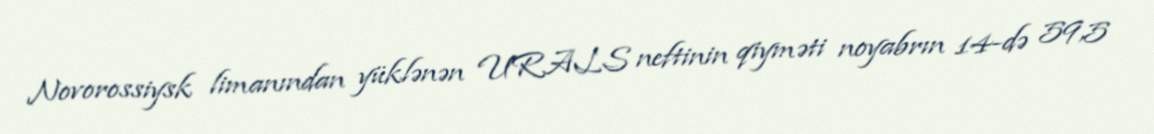
Novorossiysk limanından yüklənən URALS neftinin qiyməti noyabrın 14-də 59,5